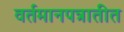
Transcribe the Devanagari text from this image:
वर्तमानपत्रातीत